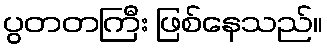
ပွတတကြီး ဖြစ်နေသည်။